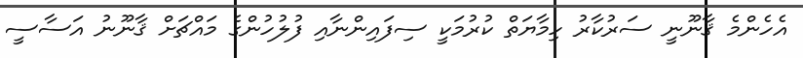
އެހެންމެ ޤާނޫނީ ސަރުކާރު ހިމާޔަތް ކުރުމަކީ ސިފައިންނާއި ފުލުހުންގެ މައްޗަށް ޤާނޫނު އަސާސީ